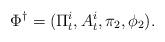
\begin{align*}\Phi^{\dag}=(\Pi^i_t, A^i_t,\pi_2,\phi_2).\end{align*}